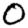
Digit: 0